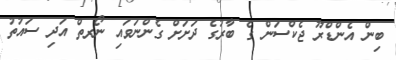
ބިން އެންޑްރޫ ޖެކްސަން ގެ ބާރުގެ ދަށަށް ގެންނަވައި ނޯރތް އަދި ސައުތު